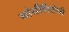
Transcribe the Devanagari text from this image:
गांधीविरोधी